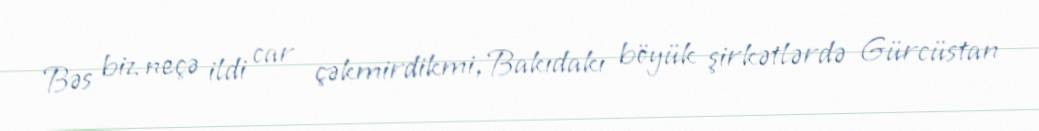
Bəs biz neçə ildi car çəkmirdikmi, Bakıdakı böyük şirkətlərdə Gürcüstan